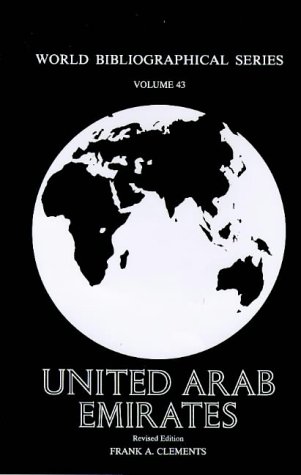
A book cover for United Arab Emirates: Revised Edition; Frank A. Clements; History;